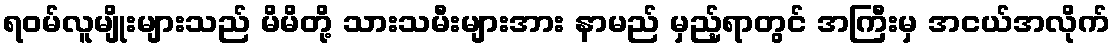
ရဝမ်လူမျိုးများသည် မိမိတို့ သားသမီးများအား နာမည် မှည့်ရာတွင် အကြီးမှ အငယ်အလိုက်